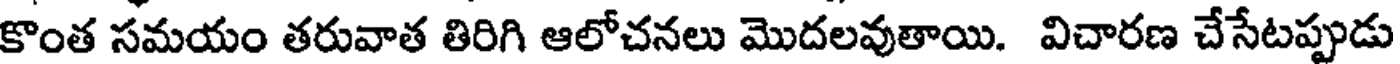
కొంత సమయం తరువాత తిరిగి ఆలోచనలు మొదలవుతాయి. విచారణ చేసేటప్పుడు